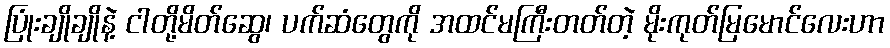
ပြုံးချိုချိုနဲ့ ငါတို့မိတ်ဆွေ၊ ပက်ဆံတွေကို အထင်မကြီးတတ်တဲ့ မိုးကုတ်မြမောင်လေးဟာ